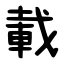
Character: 載